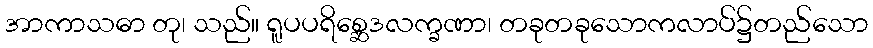
အာကာသဓာ တု၊ သည်။ ရူပပရိစ္ဆေဒလက္ခဏာ၊ တခုတခုသောကလာပ်၌တည်သော